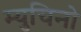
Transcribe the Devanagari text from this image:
म्युचिनो